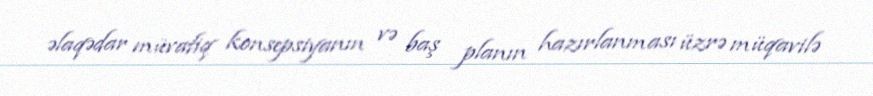
əlaqədar müvafiq konsepsiyanın və baş planın hazırlanması üzrə müqavilə